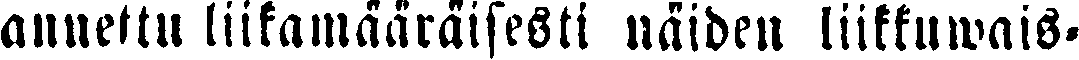
annettu liikamääräisesti näiden liikuwais-